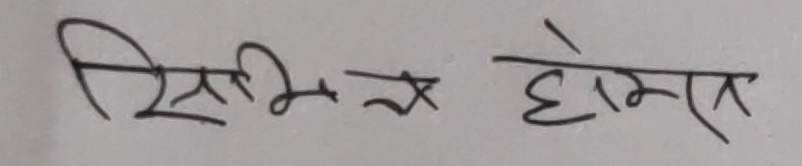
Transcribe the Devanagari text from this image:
सिभिन्स होम्स